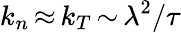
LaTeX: k_{n}\, {\approx}\, k_{T}\, {\sim}\, {\lambda}^{2}/\tau